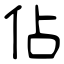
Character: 佔